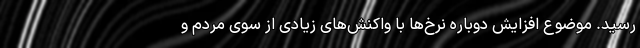
رسید. موضوع افزایش دوباره نرخ‌ها با واکنش‌های زیادی از سوی مردم و